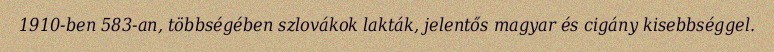
1910-ben 583-an, többségében szlovákok lakták, jelentős magyar és cigány kisebbséggel.